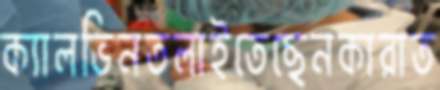
ক্যালভিনতলাইতেছেনকারাত